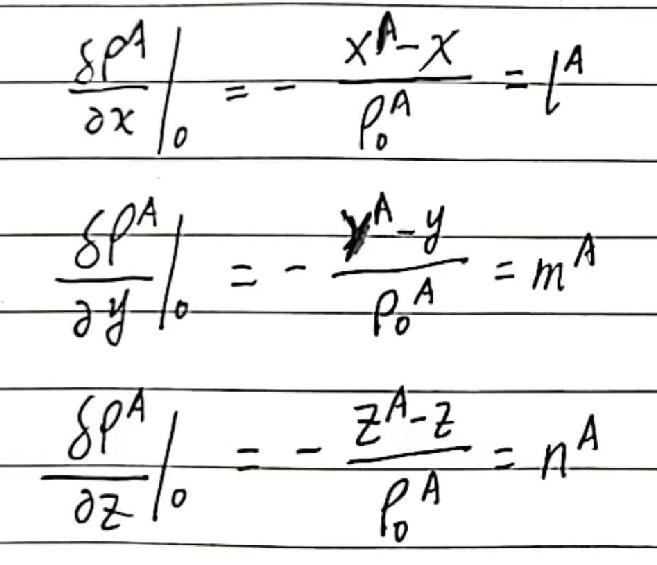
\[
\begin{align*}
\left.\frac{\delta\rho^A}{\partial x}\right|_0&=-\frac{x^A - x}{\rho_0^A}=l^A\\
\left.\frac{\delta\rho^A}{\partial y}\right|_0&=-\frac{y^A - y}{\rho_0^A}=m^A\\
\left.\frac{\delta\rho^A}{\partial z}\right|_0&=-\frac{z^A - z}{\rho_0^A}=n^A
\end{align*}
\]